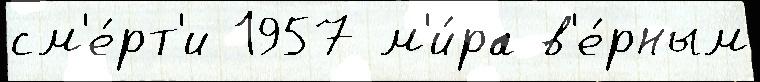
см'е́рт'и 1957 м'и́ра в'е́рным